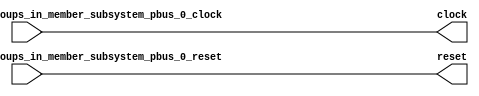
module PeripheryBus(
  input   auto_subsystem_pbus_clock_groups_in_member_subsystem_pbus_0_clock,
  input   auto_subsystem_pbus_clock_groups_in_member_subsystem_pbus_0_reset,
  output  clock,
  output  reset
);
  wire  subsystem_pbus_clock_groups_auto_in_member_subsystem_pbus_0_clock;
  wire  subsystem_pbus_clock_groups_auto_in_member_subsystem_pbus_0_reset;
  wire  subsystem_pbus_clock_groups_auto_out_member_subsystem_pbus_0_clock;
  wire  subsystem_pbus_clock_groups_auto_out_member_subsystem_pbus_0_reset;
  wire  clockGroup_auto_in_member_subsystem_pbus_0_clock;
  wire  clockGroup_auto_in_member_subsystem_pbus_0_reset;
  wire  clockGroup_auto_out_clock;
  wire  clockGroup_auto_out_reset;
  wire  fixedClockNode_auto_in_clock;
  wire  fixedClockNode_auto_in_reset;
  wire  fixedClockNode_auto_out_clock;
  wire  fixedClockNode_auto_out_reset;
  assign subsystem_pbus_clock_groups_auto_out_member_subsystem_pbus_0_clock =
    subsystem_pbus_clock_groups_auto_in_member_subsystem_pbus_0_clock; // @[Nodes.scala 1210:84 LazyModule.scala 309:16]
  assign subsystem_pbus_clock_groups_auto_out_member_subsystem_pbus_0_reset =
    subsystem_pbus_clock_groups_auto_in_member_subsystem_pbus_0_reset; // @[Nodes.scala 1210:84 LazyModule.scala 309:16]
  assign clockGroup_auto_out_clock = clockGroup_auto_in_member_subsystem_pbus_0_clock; // @[Nodes.scala 1210:84 LazyModule.scala 309:16]
  assign clockGroup_auto_out_reset = clockGroup_auto_in_member_subsystem_pbus_0_reset; // @[Nodes.scala 1210:84 LazyModule.scala 309:16]
  assign fixedClockNode_auto_out_clock = fixedClockNode_auto_in_clock; // @[Nodes.scala 1210:84 LazyModule.scala 309:16]
  assign fixedClockNode_auto_out_reset = fixedClockNode_auto_in_reset; // @[Nodes.scala 1210:84 LazyModule.scala 309:16]
  assign clock = fixedClockNode_auto_out_clock; // @[Nodes.scala 1210:84 LazyModule.scala 296:16]
  assign reset = fixedClockNode_auto_out_reset; // @[Nodes.scala 1210:84 LazyModule.scala 296:16]
  assign subsystem_pbus_clock_groups_auto_in_member_subsystem_pbus_0_clock =
    auto_subsystem_pbus_clock_groups_in_member_subsystem_pbus_0_clock; // @[LazyModule.scala 309:16]
  assign subsystem_pbus_clock_groups_auto_in_member_subsystem_pbus_0_reset =
    auto_subsystem_pbus_clock_groups_in_member_subsystem_pbus_0_reset; // @[LazyModule.scala 309:16]
  assign clockGroup_auto_in_member_subsystem_pbus_0_clock =
    subsystem_pbus_clock_groups_auto_out_member_subsystem_pbus_0_clock; // @[LazyModule.scala 298:16]
  assign clockGroup_auto_in_member_subsystem_pbus_0_reset =
    subsystem_pbus_clock_groups_auto_out_member_subsystem_pbus_0_reset; // @[LazyModule.scala 298:16]
  assign fixedClockNode_auto_in_clock = clockGroup_auto_out_clock; // @[LazyModule.scala 298:16]
  assign fixedClockNode_auto_in_reset = clockGroup_auto_out_reset; // @[LazyModule.scala 298:16]
endmodule